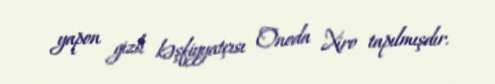
yapon gizli kəşfiyyatçısı Onoda Xiro tapılmışdır.